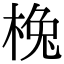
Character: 㭸